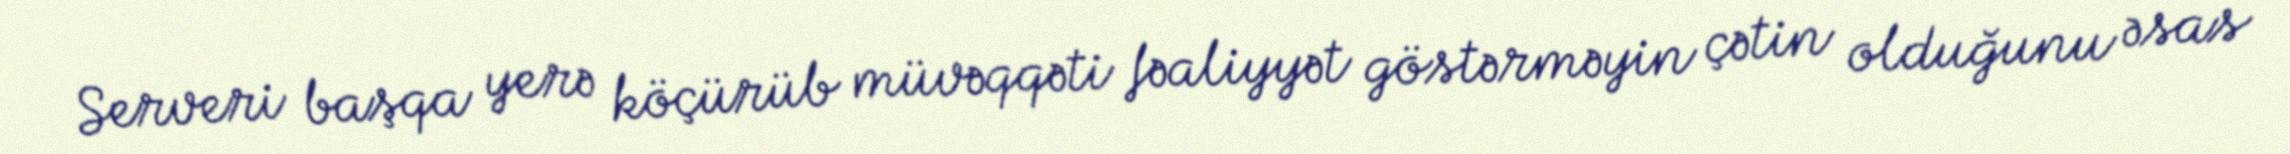
Serveri başqa yerə köçürüb müvəqqəti fəaliyyət göstərməyin çətin olduğunu əsas